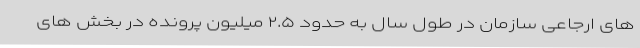
های ارجاعی سازمان در طول سال به حدود ۲.۵ میلیون پرونده در بخش های